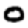
Digit: 0